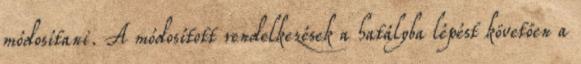
módosítani. A módosított rendelkezések a hatályba lépést követően a